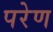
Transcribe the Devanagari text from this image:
परेण